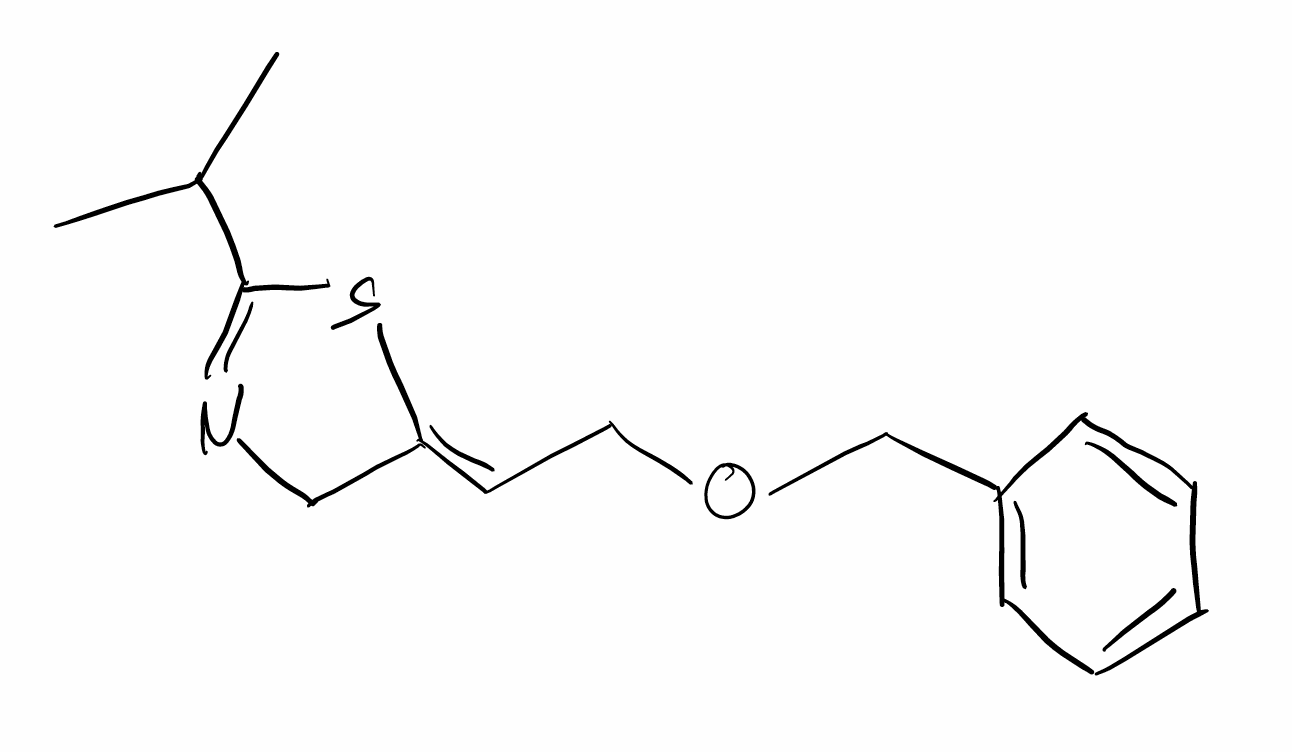
Simplified molecular-input line-entry system (SMILES) notation of the given molecule:
CC(C)C1=NC/C(=C/COCC2=CC=CC=C2)/S1